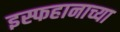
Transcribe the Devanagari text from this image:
इस्फहानाच्या